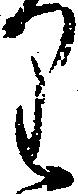
り